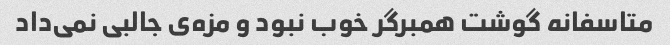
متاسفانه گوشت همبرگر خوب نبود و مزه‌ی جالبی نمی‌داد